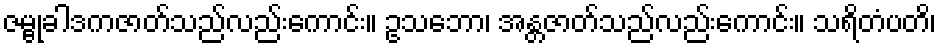
ဇမ္ဗုခါဒကဇာတ်သည်လည်းကောင်း။ ဥသဘော၊ အန္တဇာတ်သည်လည်းကောင်း။ သရိတံပတိ၊